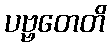
ပဗ္ဗတေတိ